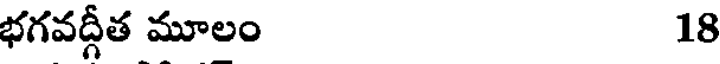
భగవద్గీత మూలం 18